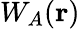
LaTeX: W_{A}(\mathbf{r})